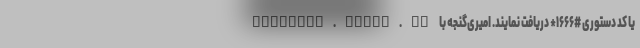
services.tamin.ir یا کد دستوری #۱۶۶۶* دریافت نمایند. امیری‌گنجه با